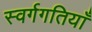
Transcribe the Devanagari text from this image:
स्वर्गगतियाँ